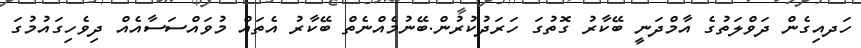
ހަދއިގެން ދަވްލަތުގެ އާމްދަނީ ބޭކާރު ގޮތުގަ ހަރަދުކުރުން.ބޭނުމެއްނެތް ބޭކާރު އެތައް މުވައްސަސާއެއް ދިވެހިގައުމުގަ